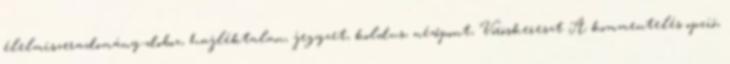
élelmiszeradomány-doboz, hajléktalan, jegyzet, koldus, nézőpont, Vöröskereszt­ A kommentelés opció,